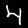
Label: 4